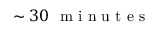
\sim 3 0 \ \mathrm { ~ m ~ i ~ n ~ u ~ t ~ e ~ s ~ }